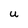
Character: U